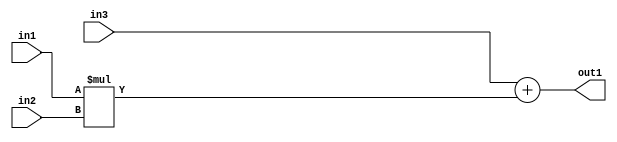
`timescale 1ps / 1ps
/*****************************************************************************
    Verilog RTL Description
    
    
    Created by: Stratus DpOpt 2019.1.01 
*******************************************************************************/

module GaussianFilter_Add2Mul2s32u8s32_4 (
	in3,
	in2,
	in1,
	out1
	); /* architecture "behavioural" */ 
input [31:0] in3;
input [7:0] in2;
input [31:0] in1;
output [31:0] out1;
wire [31:0] asc001;

wire [31:0] asc001_tmp_0;
assign asc001_tmp_0 = 
	+(in3);
assign asc001 = asc001_tmp_0
	+(in1 * in2);

assign out1 = asc001;
endmodule

/* CADENCE  uLDyTQA= : u9/ySgnWtBlWxVPRXgAZ4Og= ** DO NOT EDIT THIS LINE ******/